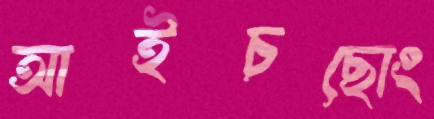
আইচছোং